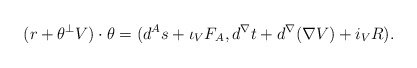
\begin{align*} (r + \theta^\perp V)\cdot \theta = (d^A s + \iota_V F_A, d^\nabla t + d^\nabla(\nabla V) + i_V R).\end{align*}